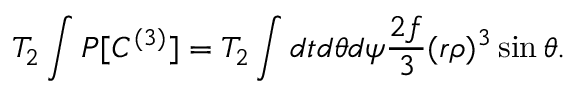
T _ { 2 } \int P [ C ^ { ( 3 ) } ] = T _ { 2 } \int d t d \theta d \psi \frac { 2 f } { 3 } ( r \rho ) ^ { 3 } \sin \theta .